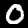
Digit: 0